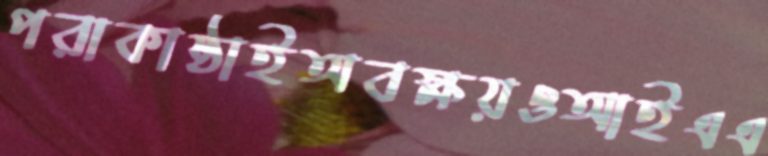
পরাকাষ্ঠাইঅবক্ষয়ওআইএএ